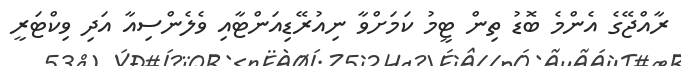
ރާއްޖޭގެ އެންމެ ބޮޑު ތިން ޓީމު ކަމަށްވާ ނިއުރޭޑިއަންޓާއި ވެލެންސިއާ އަދި ވިކްޓަރީ